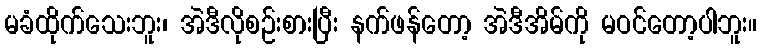
မခံထိုက်သေးဘူး၊ အဲဒီလိုစဉ်းစားပြီး နက်ဖန်တော့ အဲဒီအိမ်ကို မဝင်တော့ပါဘူး။